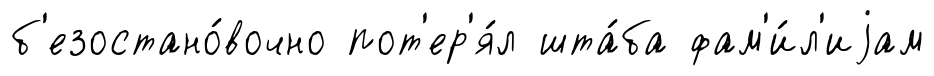
б'езостано́вочно пот'ер'я́л шта́ба фам'и́л'иjам